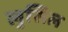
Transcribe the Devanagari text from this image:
लुसिल